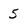
Character: 5